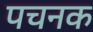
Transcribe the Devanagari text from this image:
पचनक